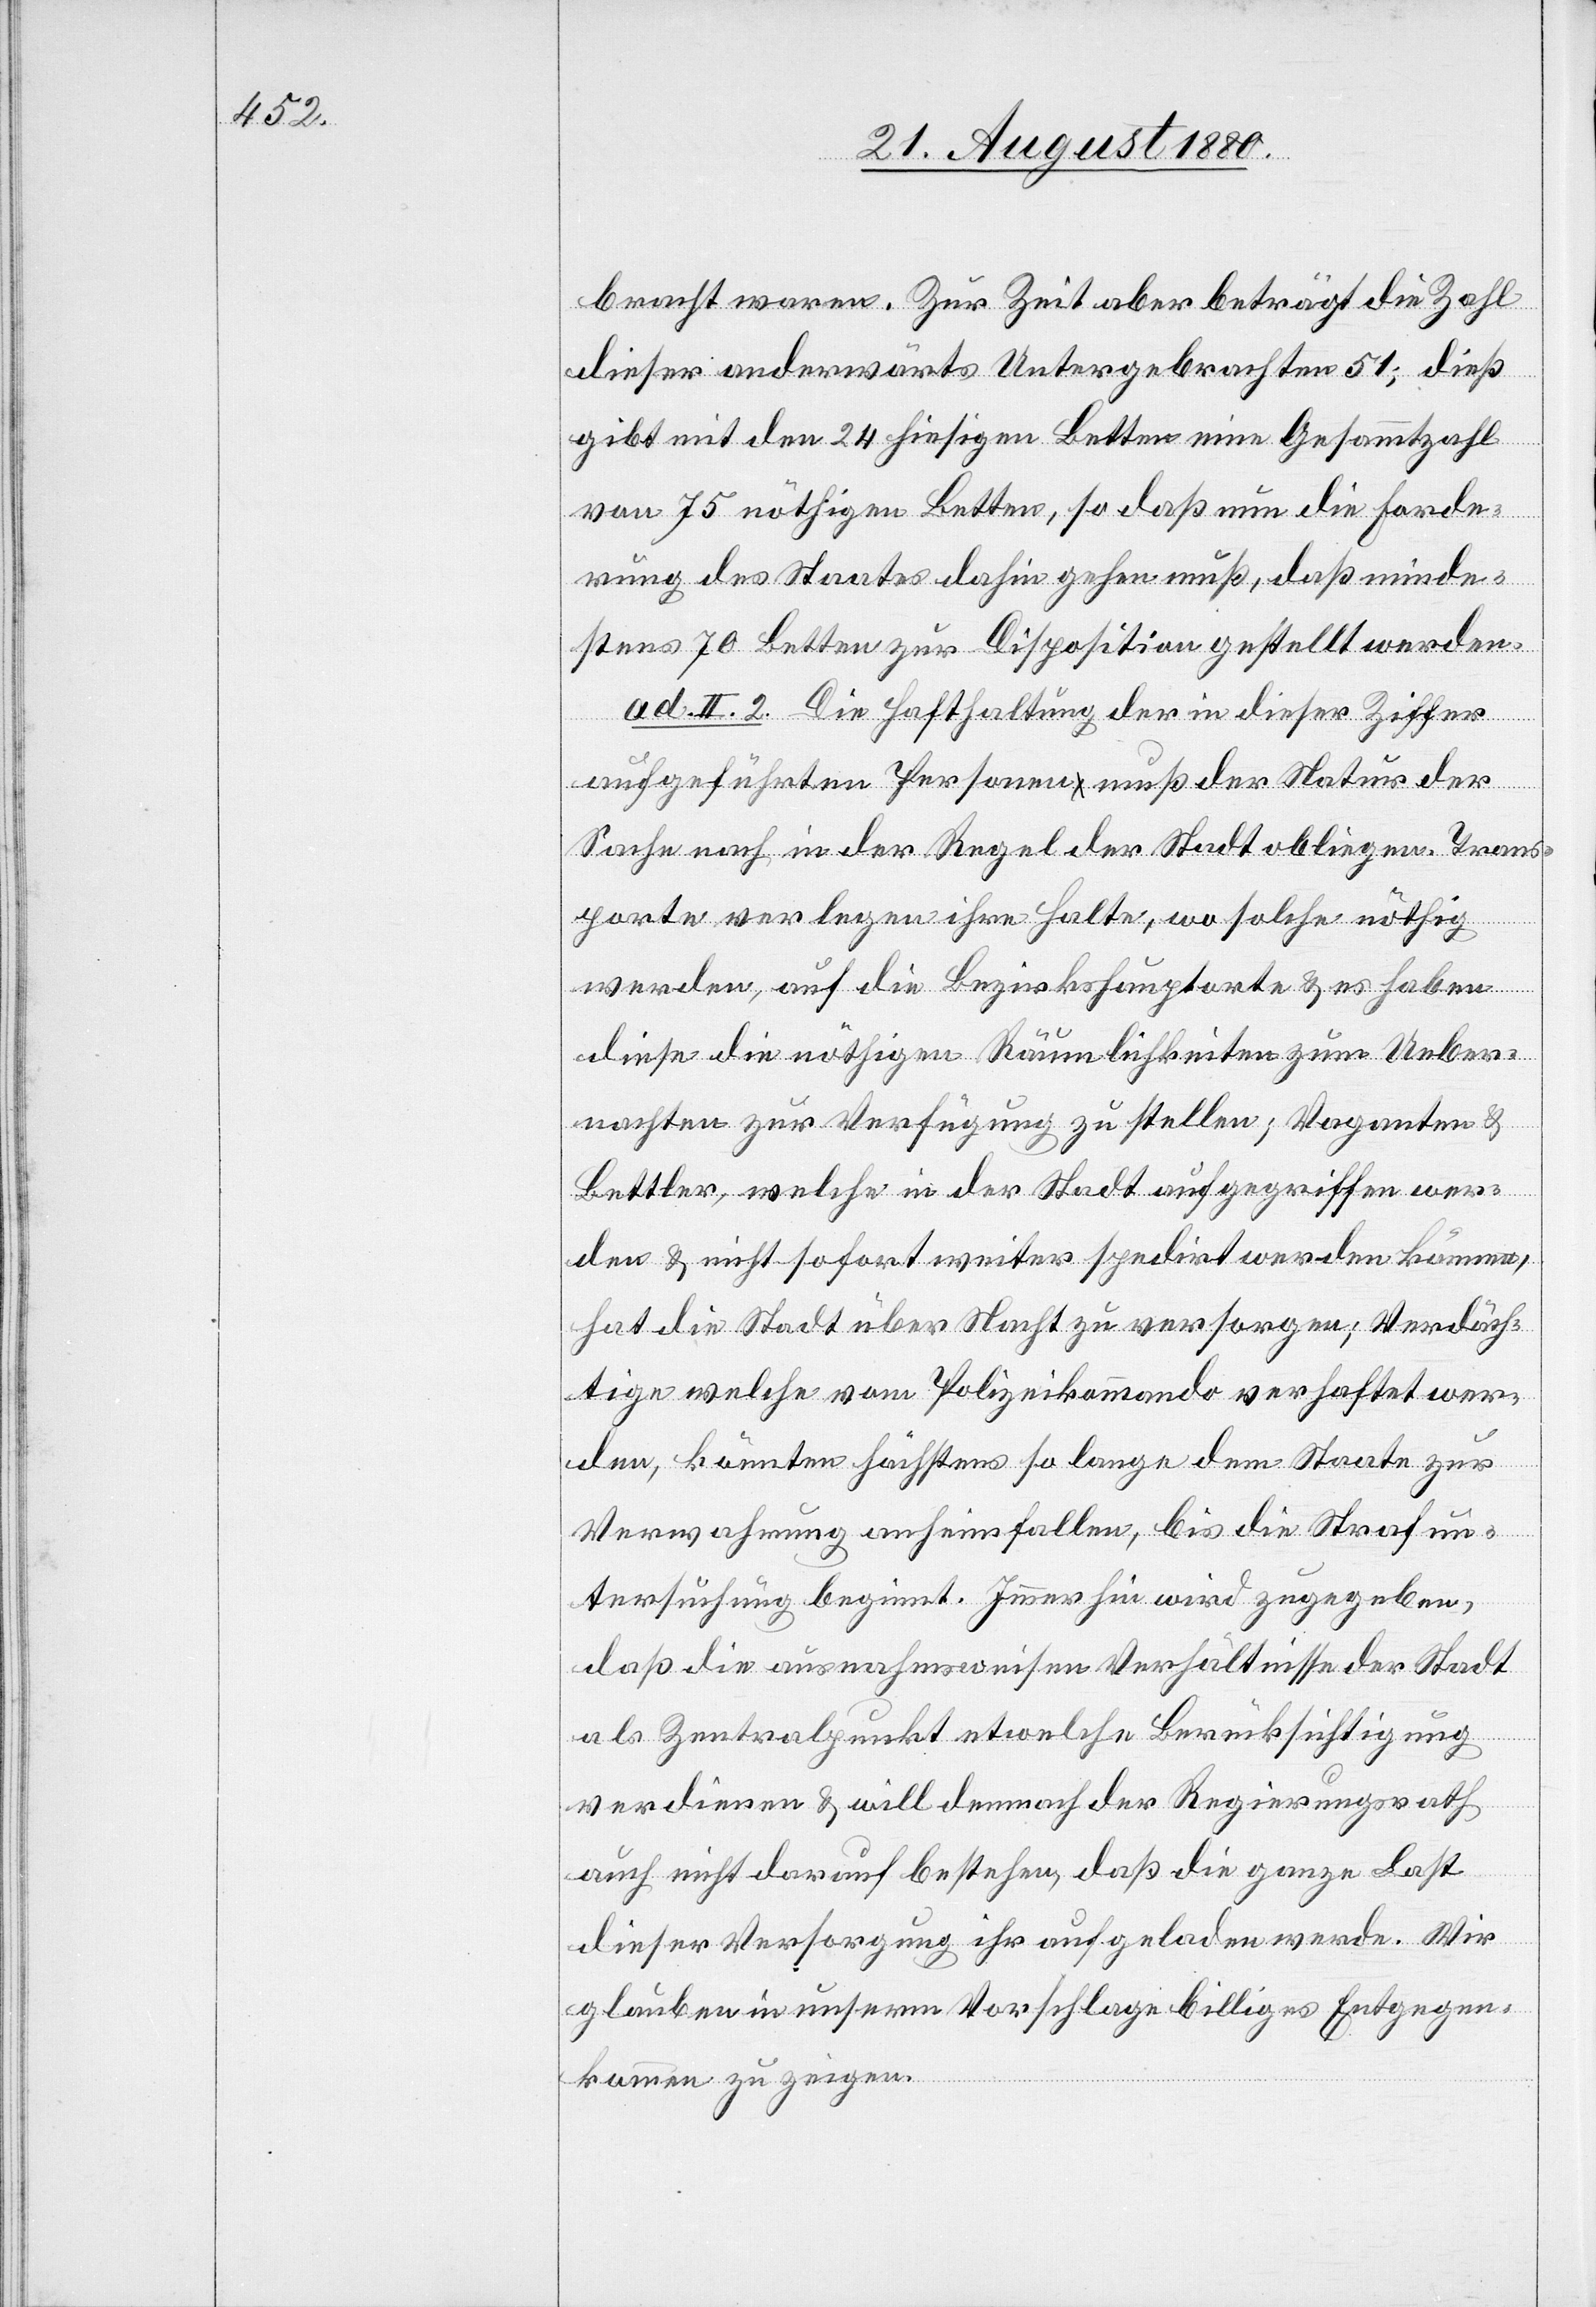
bracht waren. Zur Zeit aber beträgt die Zahl
dieser anderwärts Untergebrachten 51; dieß
gibt mit den 24 hiesigen Betten eine Gesammtzahl
von 75 nöthigen Betten, so daß nun die Forde¬
rung des Staates dahin gehen muß, daß minde¬
stens 70 Betten zur Disposition gestellt werden.
ad II. 2. Die Hafhaltung der in dieser Ziffer
aufgeführten Personen muß der Natur der
Sache nach in der Regel der Stadt obliegen. Trans¬
porte verlegen ihre Halte, wo solche nöthig
werden, auf die Bezirkshauptorte & es haben
diese die nöthigen Räumlichkeiten zum Ueber¬
nachten zur Verfügung zu stellen; Vaganten &
Bettler, welche in der Stadt aufgegriffen wer¬
den & nicht sofort weiter spedirt werden können,
hat die Stadt über Nacht zu versorgen; Verdäch¬
tige welche vom Polizeikommando verhaftet wer¬
den, könnten höchstens so lange dem Staate zur
Verwahrung anheimfallen, bis die Strafun¬
tersuchung beginnt. Immerhin wird zugegeben,
daß die ausnahmsweisen Verhältnisse der Stadt
als Zentralpunkt etwelche Berücksichtigung
verdienen & will demnach der Regierungsrath
auch nicht darauf bestehen, daß die ganze Last
dieser Versorgung ihr aufgeladen werde. Wir
glauben in unserem Vorschlage billiges Entgegen¬
kommen zu zeigen.